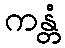
ကန္တံ